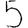
Digit: 5